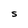
Character: S